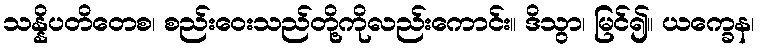
သန္နိပတိတေစ၊ စည်းဝေးသည်တို့ကိုလည်းကောင်း။ ဒိသွာ၊ မြင်၍။ ယက္ခေန၊